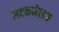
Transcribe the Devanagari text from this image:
लटकमेलक